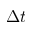
\Delta t